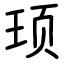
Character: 顼